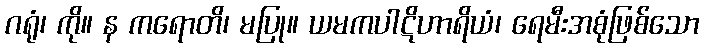
ဂရုံ၊ ကို။ န ကရောတိ၊ မပြု။ ယမကပါဋိဟာရိယံ၊ ရေမီးအစုံဖြစ်သော